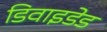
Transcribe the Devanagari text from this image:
डिवाइडेड